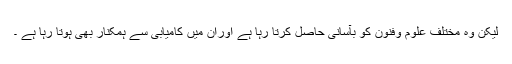
لیکن وہ مختلف علوم وفنون کو بآسانی حاصل کرتا رہا ہے اوران میں کامیابی سے ہمکنار بھی ہوتا رہا ہے ۔